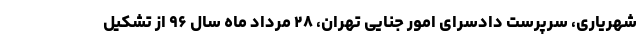
شهریاری، سرپرست دادسرای امور جنایی تهران، ۲۸ مرداد ماه سال ۹۶ از تشکیل